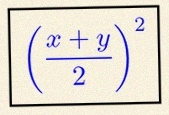
\left(\frac{x+y}{2}\right)^2